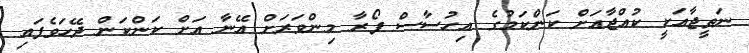
ނަތީޖާއަކީ ކުއްޖާއަށް ކަންކަމުގެ އިހުސާސް ފޯރާ މިންވަރަށް އޭނާ އަށް ކަންކަން ދޭހަވެފައި